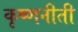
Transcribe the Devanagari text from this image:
कृष्णनीती